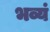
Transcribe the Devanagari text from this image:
भव्यं